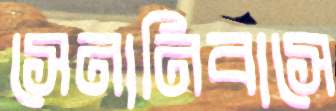
সেনানিবাসে